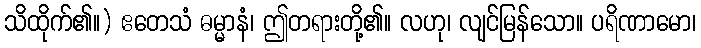
သိထိုက်၏။) ဧတေသံ ဓမ္မာနံ၊ ဤတရားတို့၏။ လဟု၊ လျင်မြန်သော။ ပရိဏာမော၊